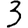
Digit: 3